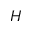
H